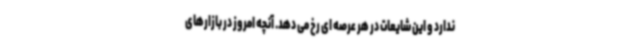
ندارد و این شایعات در هر عرصه ای رخ می دهد. آنچه امروز در بازارهای